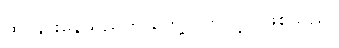
ထိုင်နားနေသည်ကို တွေ့လိုက်လို့ပဲ ဖြစ်သည်။